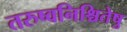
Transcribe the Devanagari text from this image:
तरुष्वनिश्चितेषु